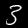
Digit: 3